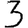
Digit: 3